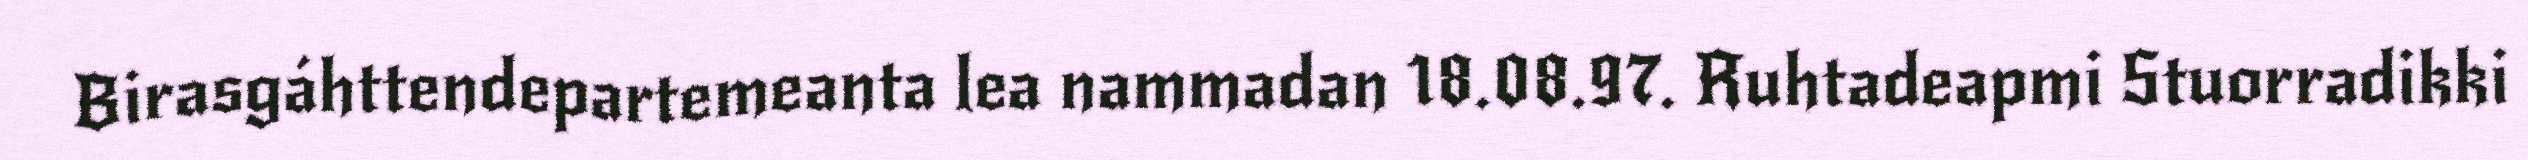
Birasgáhttendepartemeanta lea nammadan 18.08.97. Ruhtadeapmi Stuorradikki